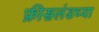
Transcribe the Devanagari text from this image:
फ्रीसलंडच्या